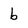
Character: b